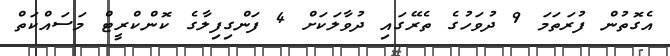
އެގޮތުން ފުރަތަމަ 9 ދުވަހުގެ ތެރޭގައި ދުވާލަކަށް 4 ފަންގިފިލާގެ ކޮންކްރީޓް މަސައްކަތް